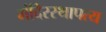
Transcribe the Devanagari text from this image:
मंदिरस्थापत्य